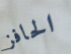
الحافز